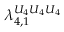
\lambda _ { 4 , 1 } ^ { U _ { 4 } U _ { 4 } U _ { 4 } }